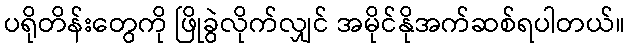
ပရိုတိန်းတွေကို ဖြိုခွဲလိုက်လျှင် အမိုင်နိုအက်ဆစ်ရပါတယ်။